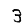
Digit: 3